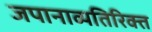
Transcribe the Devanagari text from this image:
जपानाव्यतिरिक्त